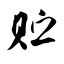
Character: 贮